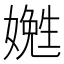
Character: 嬎